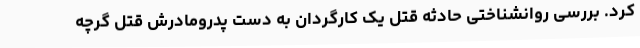
کرد. بررسی روانشناختی حادثه قتل یک کارگردان به دست پدرومادرش قتل گرچه